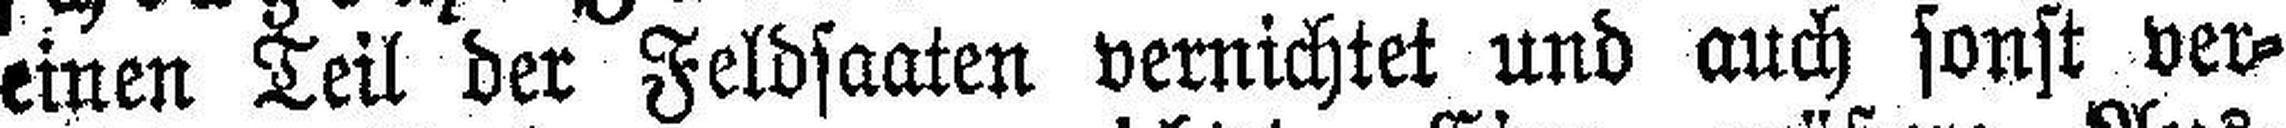
einen Teil der Feldsaaten vernichtet und auch sonst ver¬